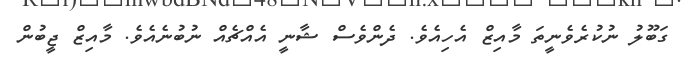
ގަބޫލު ނުކުރެވެނީތަ މާއިޒް އެހިއެވެ. ދެންވެސް ޝާނީ އެއްޗެއް ނުބުނެއެވެ. މާއިޒް ޖީބުން